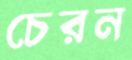
চেরন